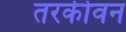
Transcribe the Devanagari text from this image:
तरकीवन